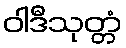
ဝါဒီသုတ္တံ